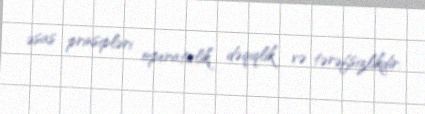
əsas prinsipləri operativlik, dəqiqlik və tərəfsizlikdir.